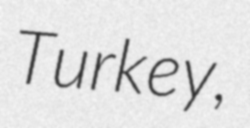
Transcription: Turkey,